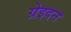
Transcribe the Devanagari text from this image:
ग्रेइदन